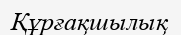
Құрғақшылық